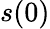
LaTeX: s(0)